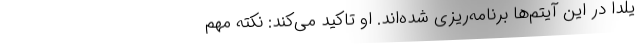
یلدا در این آیتم‌ها برنامه‌ریزی شده‌اند. او تاکید می‌کند: نکته‌ مهم